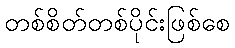
တစ်စိတ်တစ်ပိုင်းဖြစ်စေ